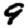
Digit: 9